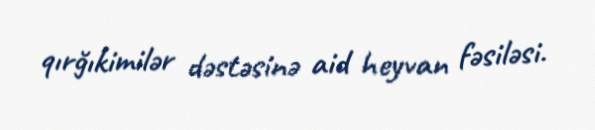
qırğıkimilər dəstəsinə aid heyvan fəsiləsi.